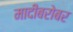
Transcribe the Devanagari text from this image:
मादीबरोबर